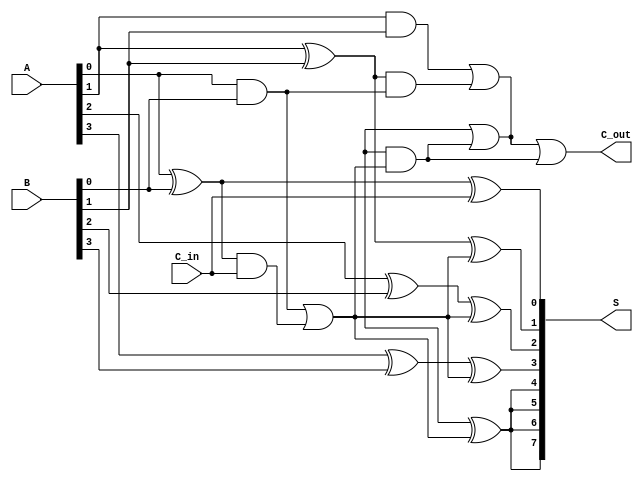
module hierarchical_carry_lookahead_adder (
    input [7:0] A,        // 8-bit input A
    input [7:0] B,        // 8-bit input B
    input C_in,           // Carry-in
    output [7:0] S,       // 8-bit Sum output
    output C_out          // Carry-out
);

    // Internal signals for group carry generate and propagate
    wire [1:0] G_group, P_group;
    wire [3:0] G, P;
    wire C1; // Carry-out from the first group

    // Full Adder for each bit
    genvar i;
    generate
        for (i = 0; i < 8; i = i + 1) begin : full_adder
            if (i < 4) begin
                // First group of 4 bits
                assign G[i] = A[i] & B[i]; // Generate
                assign P[i] = A[i] ^ B[i]; // Propagate
                assign S[i] = P[i] ^ (i == 0 ? C_in : C1); // Sum
            end else begin
                // Second group of 4 bits
                assign G[i] = A[i] & B[i]; // Generate
                assign P[i] = A[i] ^ B[i]; // Propagate
                assign S[i] = P[i] ^ C1; // Sum
            end
        end
    endgenerate

    // Group Carry Generate and Propagate for the first group
    assign G_group[0] = G[0]; // G0
    assign P_group[0] = P[0]; // P0
    assign G_group[1] = G[1] | (P[1] & G[0]); // G1
    assign P_group[1] = P[1] & P[0]; // P1

    // Carry-out from the first group
    assign C1 = G_group[0] | (P_group[0] & C_in);

    // Group Carry Generate and Propagate for the second group
    assign G_group[1] = G[4] | (P[4] & C1); // G2
    assign P_group[1] = P[4]; // P2

    // Final Carry-out
    assign C_out = G_group[1] | (P_group[1] & C1);

endmodule